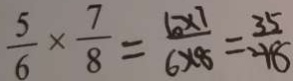
\frac { 5 } { 6 } \times \frac { 7 } { 8 } = \frac { 5 \times 7 } { 6 \times 8 } = \frac { 3 5 } { 2 1 8 }